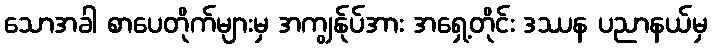
သောအခါ စာပေတိုက်များမှ အကျွန်ုပ်အား အရှေ့တိုင်း ဒဿန ပညာနယ်မှ